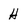
Character: H